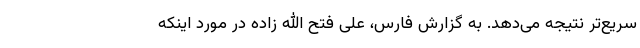
سریع‌تر نتیجه می‌دهد. به گزارش فارس، علی فتح الله زاده در مورد اینکه